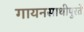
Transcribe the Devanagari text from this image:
गायनसाथीपुरते